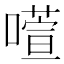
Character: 𫫻